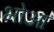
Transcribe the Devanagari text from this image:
भोआ